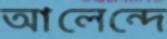
আলেন্দে